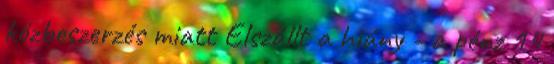
közbeszerzés miatt Elszállt a hiány - a pénz 14